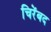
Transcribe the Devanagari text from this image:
चिरेंबद